King Institute of Preventive Medicine Micro-Biological Section reports 1909-11
Year: 1909
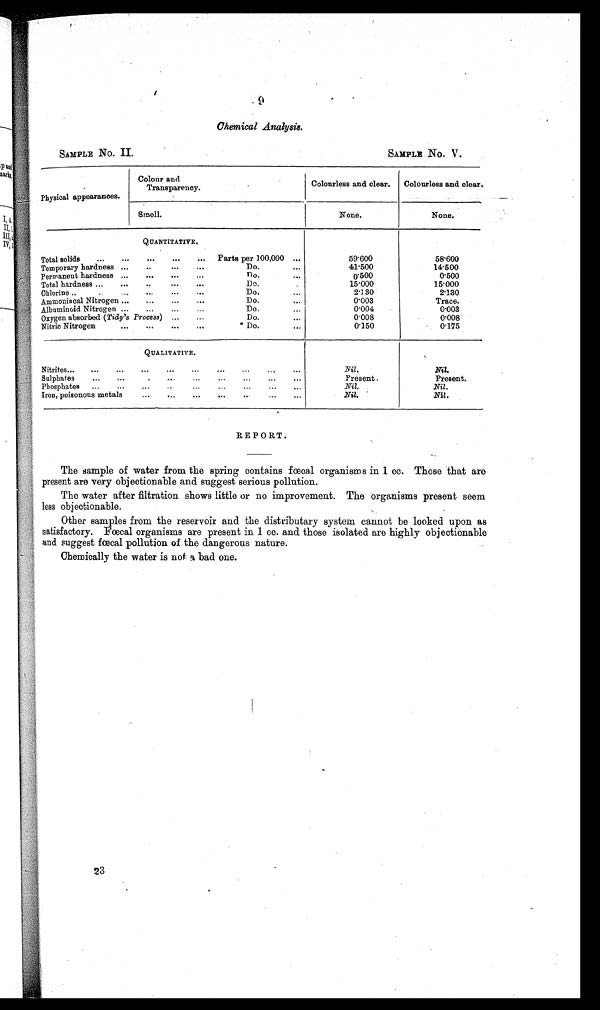
9
Chemical Analysis.
SAMPLE No II. SAMPLE No. V.
Physical appearances.
Colour and
Transparency.
Colourless and clear.
Colourless and clear.
Smell.
None.
None.
QUANTITATIVE.
Total solids
...
...
...
...
...
Parts per 100,000 ...
59·600
58·600
Temporary hardness ...
...
...
Do.
...
41·500
14·500
Permanent hardness ...
...
...
...
Do...
0·500
0·500
Total hardness ...
...
..
...
...
Do.
15·000
15·000
Chlorine..
..
..
...
...
Do.
...
21·30
2·130
Ammoniacal Nitrogen ...
...
...
...
Do.
...
0·003
Trace.
Albuminoid Nitrogen ...
...
...
Do....
0 · 0 0 4
0·003
Oxygen absorbed (Tidy's Process) ...
...
Do.
...
0·008
0·008
Nitric Nitrogen
...
...
...
...
Do.
. . .
0·150
0·175
QUALITATIVE.
Nitrites...
...
...
...
...
...
...
...
. . .
Nil .
Nil .
Sulphates
...
...
...
...
...
. . .
Present.
Present.
Phosphates
...
...
...
...
...
...
...
...
Nil.
Nil.
Iron, poisonous metals...
...
...
...
. . .
REPORT.
The sample of water from the spring contains fœcal organisms in 1 cc. Those that are
present are very objectionable and suggest serious pollution.
The water after filtration shows little or no improvement. The organisms present seem
less objectionable.
Other samples from the reservoir and the distributary system cannot be looked upon as
satisfactory. Fœcal organisms are present in 1 cc. and those isolated are highly objectionable
and suggest fœcal pollution of the dangerous nature.
Chemically the water is not a bad one.
23